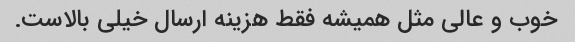
خوب و عالی مثل همیشه فقط هزینه ارسال خیلی بالاست.